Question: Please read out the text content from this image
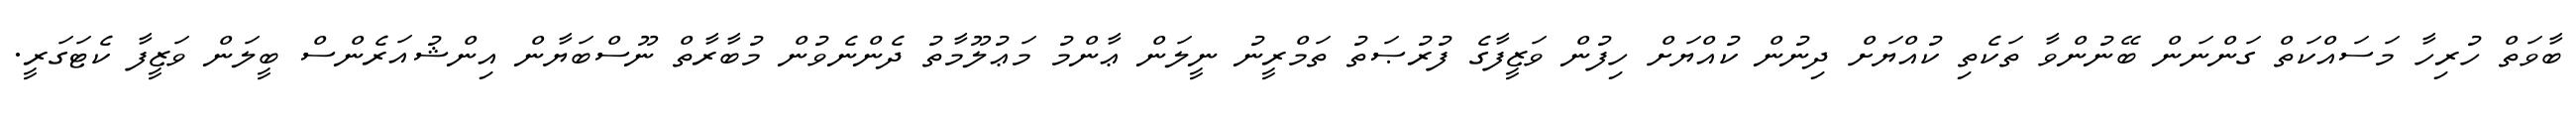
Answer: ބާވަތް ހުރިހާ މަސައްކަތް ގަންނަން ބޭނުންވާ ތަކެތި ކުއްޔަށް ދިނުން ކުއްޔަށް ހިފުން ވަޒީފާގެ ފުރުޞަތު ތަމްރީނު ނީލަން ޢާންމު މަޢުލޫމާތު ދެންނެވުން މުބާރާތް ނޫސްބަޔާން އިންޝުއަރެންސް ބީލަން ވަޒީފާ ކެޓަގަރީ.